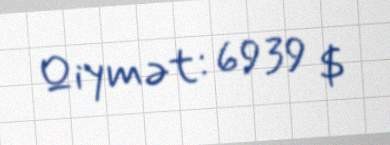
Qiymət: 6939 $